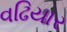
વઢિયાર